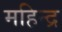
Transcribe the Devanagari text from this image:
महिन्द्र